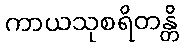
ကာယသုစရိတန္တိ